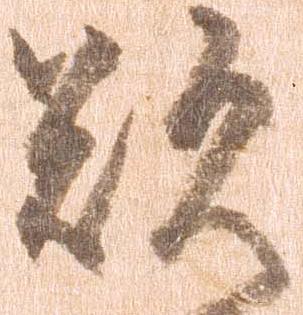
歎